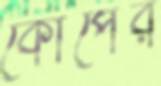
কোপের